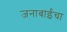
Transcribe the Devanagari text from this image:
जनाबाईंचा